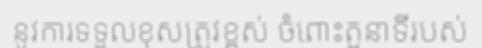
នូវការទទួលខុសត្រូវខ្ពស់ ចំពោះតួនាទីរបស់